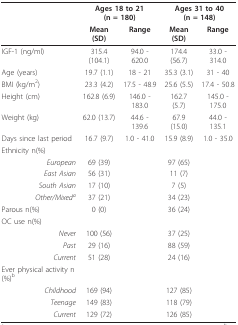
<table><thead><tr><td></td><td colspan="2"><b>Ages 18 to 21 (n = 180)</b></td><td colspan="2"><b>Ages 31 to 40 (n = 148)</b></td></tr><tr><td></td><td><b>Mean (SD)</b></td><td><b>Range</b></td><td><b>Mean (SD)</b></td><td><b>Range</b></td></tr></thead><tbody><tr><td>IGF-1 (ng/ml)</td><td>315.4 (104.1)</td><td>94.0 - 620.0</td><td>174.4 (56.7)</td><td>33.0 - 314.0</td></tr><tr><td>Age (years)</td><td>19.7 (1.1)</td><td>18 - 21</td><td>35.3 (3.1)</td><td>31 - 40</td></tr><tr><td>BMI (kg/m<sup>2</sup>)</td><td>23.3 (4.2)</td><td>17.5 - 48.9</td><td>25.6 (5.5)</td><td>17.4 - 50.8</td></tr><tr><td>Height (cm)</td><td>162.8 (6.9)</td><td>146.0 - 183.0</td><td>162.7 (5.7)</td><td>145.0 - 175.0</td></tr><tr><td>Weight (kg)</td><td>62.0 (13.7)</td><td>44.6 - 139.6</td><td>67.9 (15.0)</td><td>44.0 - 135.1</td></tr><tr><td>Days since last period</td><td>16.7 (9.7)</td><td>1.0 - 41.0</td><td>15.9 (8.9)</td><td>1.0 - 35.0</td></tr><tr><td>Ethnicity n(%)</td><td></td><td></td><td></td><td></td></tr><tr><td><i>European</i></td><td>69 (39)</td><td></td><td>97 (65)</td><td></td></tr><tr><td><i>East Asian</i></td><td>56 (31)</td><td></td><td>11 (7)</td><td></td></tr><tr><td><i>South Asian</i></td><td>17 (10)</td><td></td><td>7 (5)</td><td></td></tr><tr><td><i>Other/Mixed</i><sup><i>a</i></sup></td><td>37 (21)</td><td></td><td>34 (23)</td><td></td></tr><tr><td>Parous n(%)</td><td>0 (0)</td><td></td><td>36 (24)</td><td></td></tr><tr><td>OC use n(%)</td><td></td><td></td><td></td><td></td></tr><tr><td><i>Never</i></td><td>100 (56)</td><td></td><td>37 (25)</td><td></td></tr><tr><td><i>Past</i></td><td>29 (16)</td><td></td><td>88 (59)</td><td></td></tr><tr><td><i>Current</i></td><td>51 (28)</td><td></td><td>24 (16)</td><td></td></tr><tr><td>Ever physical activity n(%)<sup>b</sup></td><td></td><td></td><td></td><td></td></tr><tr><td><i>Childhood</i></td><td>169 (94)</td><td></td><td>127 (85)</td><td></td></tr><tr><td><i>Teenage</i></td><td>149 (83)</td><td></td><td>118 (79)</td><td></td></tr><tr><td><i>Current</i></td><td>129 (72)</td><td></td><td>126 (85)</td><td></td></tr></tbody></table>